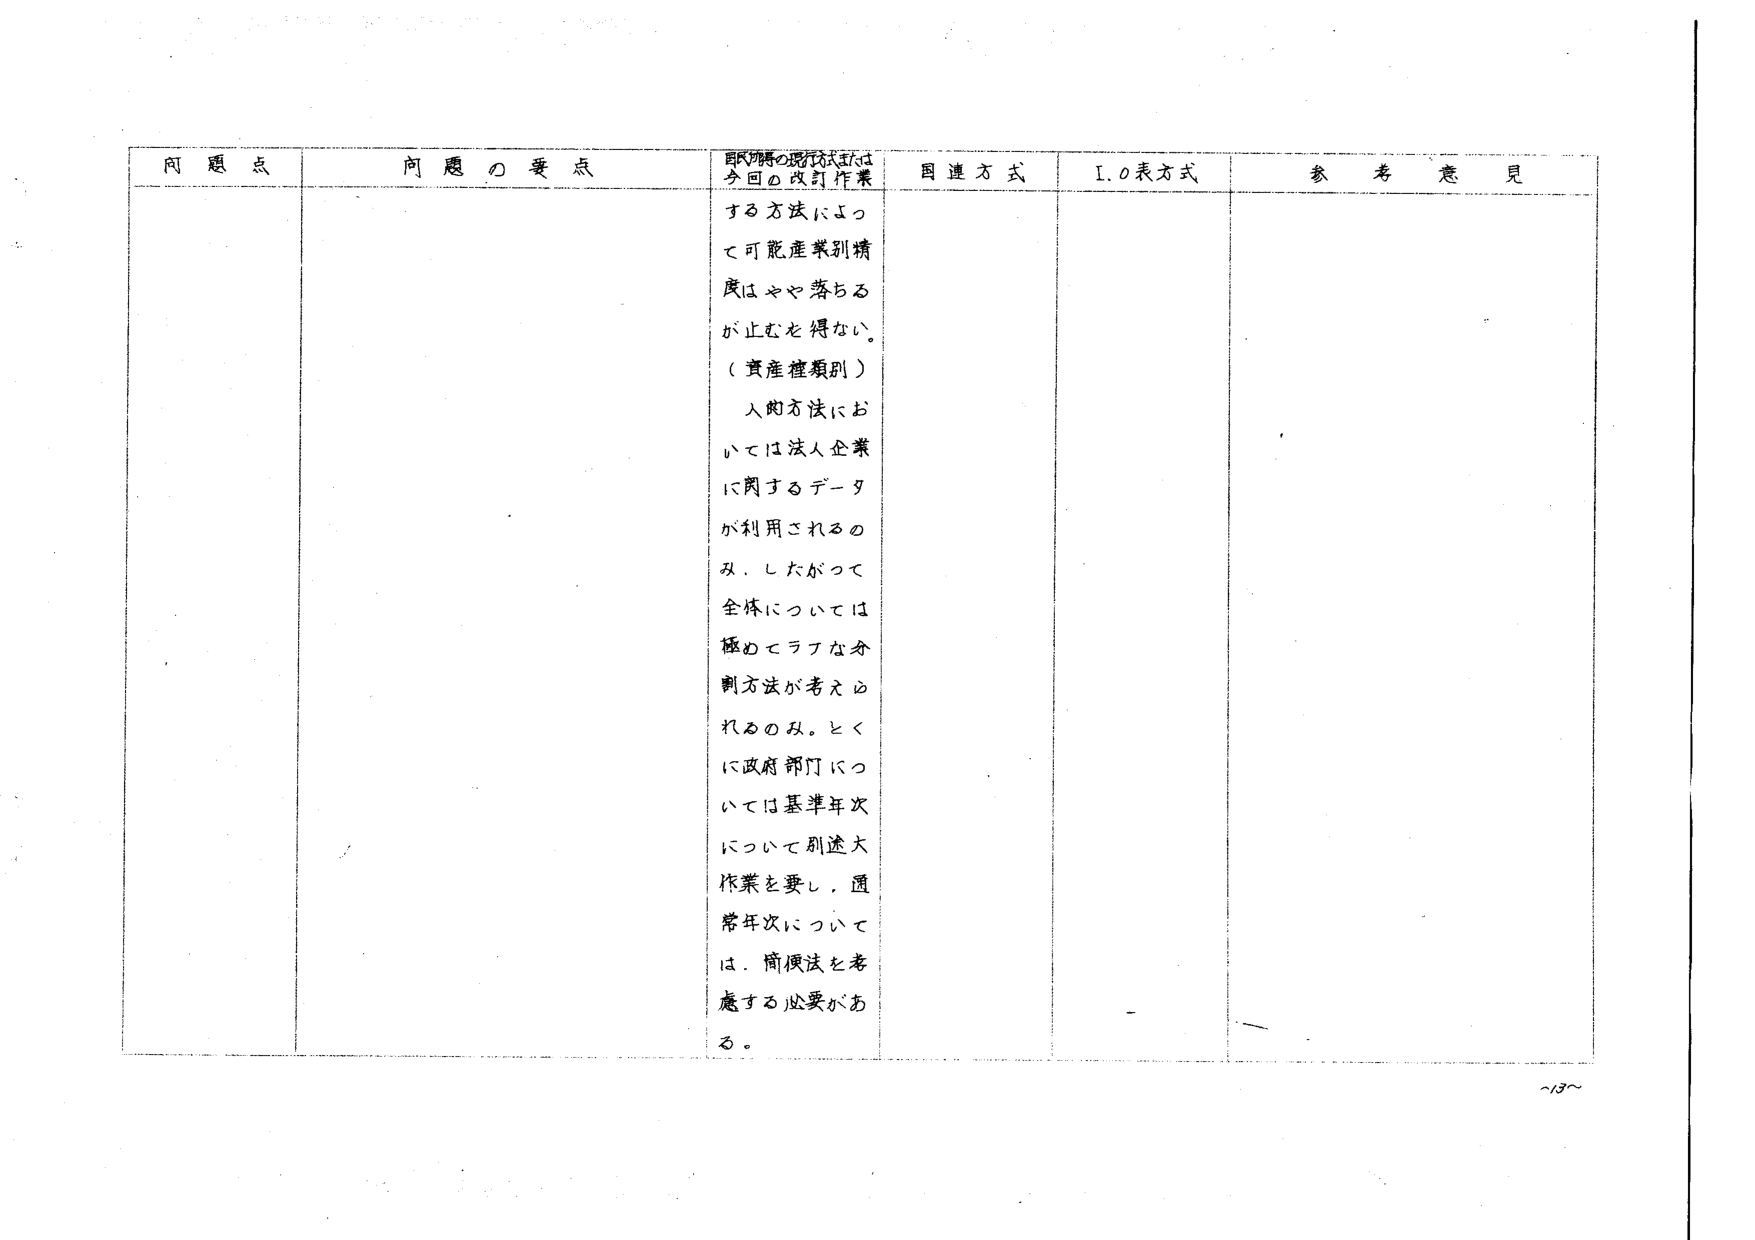
問題点 問題の要点 国民所得の現行方式は 多回の改訂作業 する方法によっ て可能産業別精度はやや落ちる が止むを得ない。 （資産種類別） 入力方法においては法人企業に関するデータが利用されるのみ。したがって全体については極めてラフな分割方法が考えられるのみ。とくに政府部門については基準年次について別途大作業を要し、通常年次については、簡便法を考慮する必要がある。 国連方式 I.O表方式 参考意見 ~13~